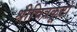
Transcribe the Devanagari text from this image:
श्रीचित्रकूटो